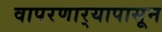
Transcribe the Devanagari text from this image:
वापरणार्‍यापासून